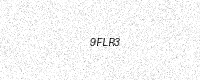
Text: 9FLR3